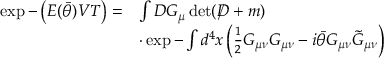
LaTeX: \begin{array} { l l } { { \exp - \left( E ( \bar { \theta } ) V T \right) = } } & { { \int { \cal D } G _ { \mu } \operatorname * { d e t } ( \rlap / D + m ) } } \\ { { } } & { { \cdot \exp - \int d ^ { 4 } x \left( \frac 1 2 G _ { \mu \nu } G _ { \mu \nu } - i \bar { \theta } G _ { \mu \nu } \tilde { G } _ { \mu \nu } \right) } } \end{array}